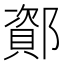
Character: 𫑫